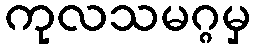
ကုလသမဂ္ဂမှ